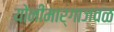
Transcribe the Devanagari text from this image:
योनीमार्गाजवळ